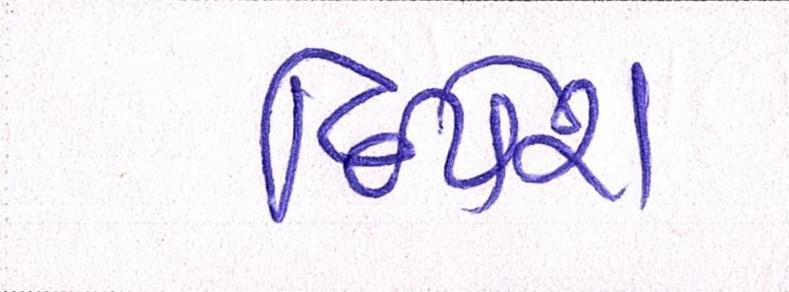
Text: દિપેશ